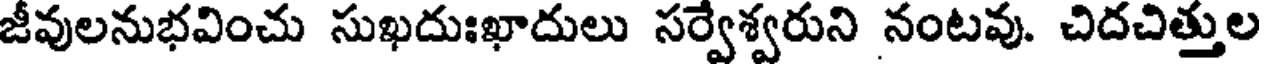
జీవులనుభవించు సుఖదుఃఖాదులు సర్వేశ్వరుని నంటవు. చిదచిత్తుల